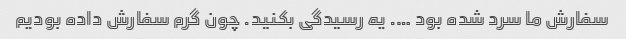
سفارش ما سرد شده بود …. یه رسیدگی بکنید. چون گرم سفارش داده بودیم